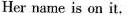
Her name is on it.